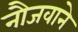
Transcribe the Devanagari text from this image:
नौजवाने